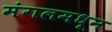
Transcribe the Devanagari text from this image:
मंगलमधून